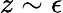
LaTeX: z\sim\epsilon